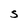
Character: S